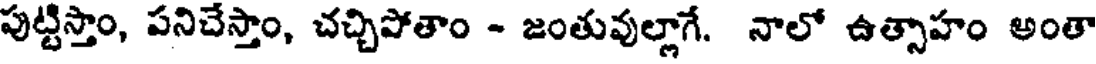
పుట్టిస్తాం, పనిచేస్తాం, చచ్చిపోతాం - జంతువుల్లాగే. నాలో ఉత్సాహం అంతా